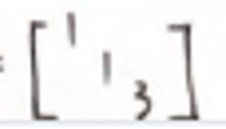
$= [ 1 1 3 ]$